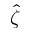
\hat { \zeta }